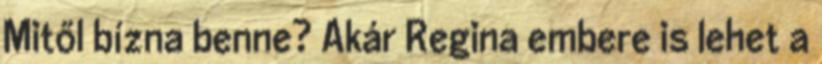
Mitől bízna benne? Akár Regina embere is lehet a